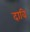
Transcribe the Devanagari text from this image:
दावि